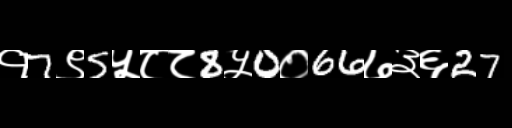
Text: १7९5५८८8५0०66७३६27